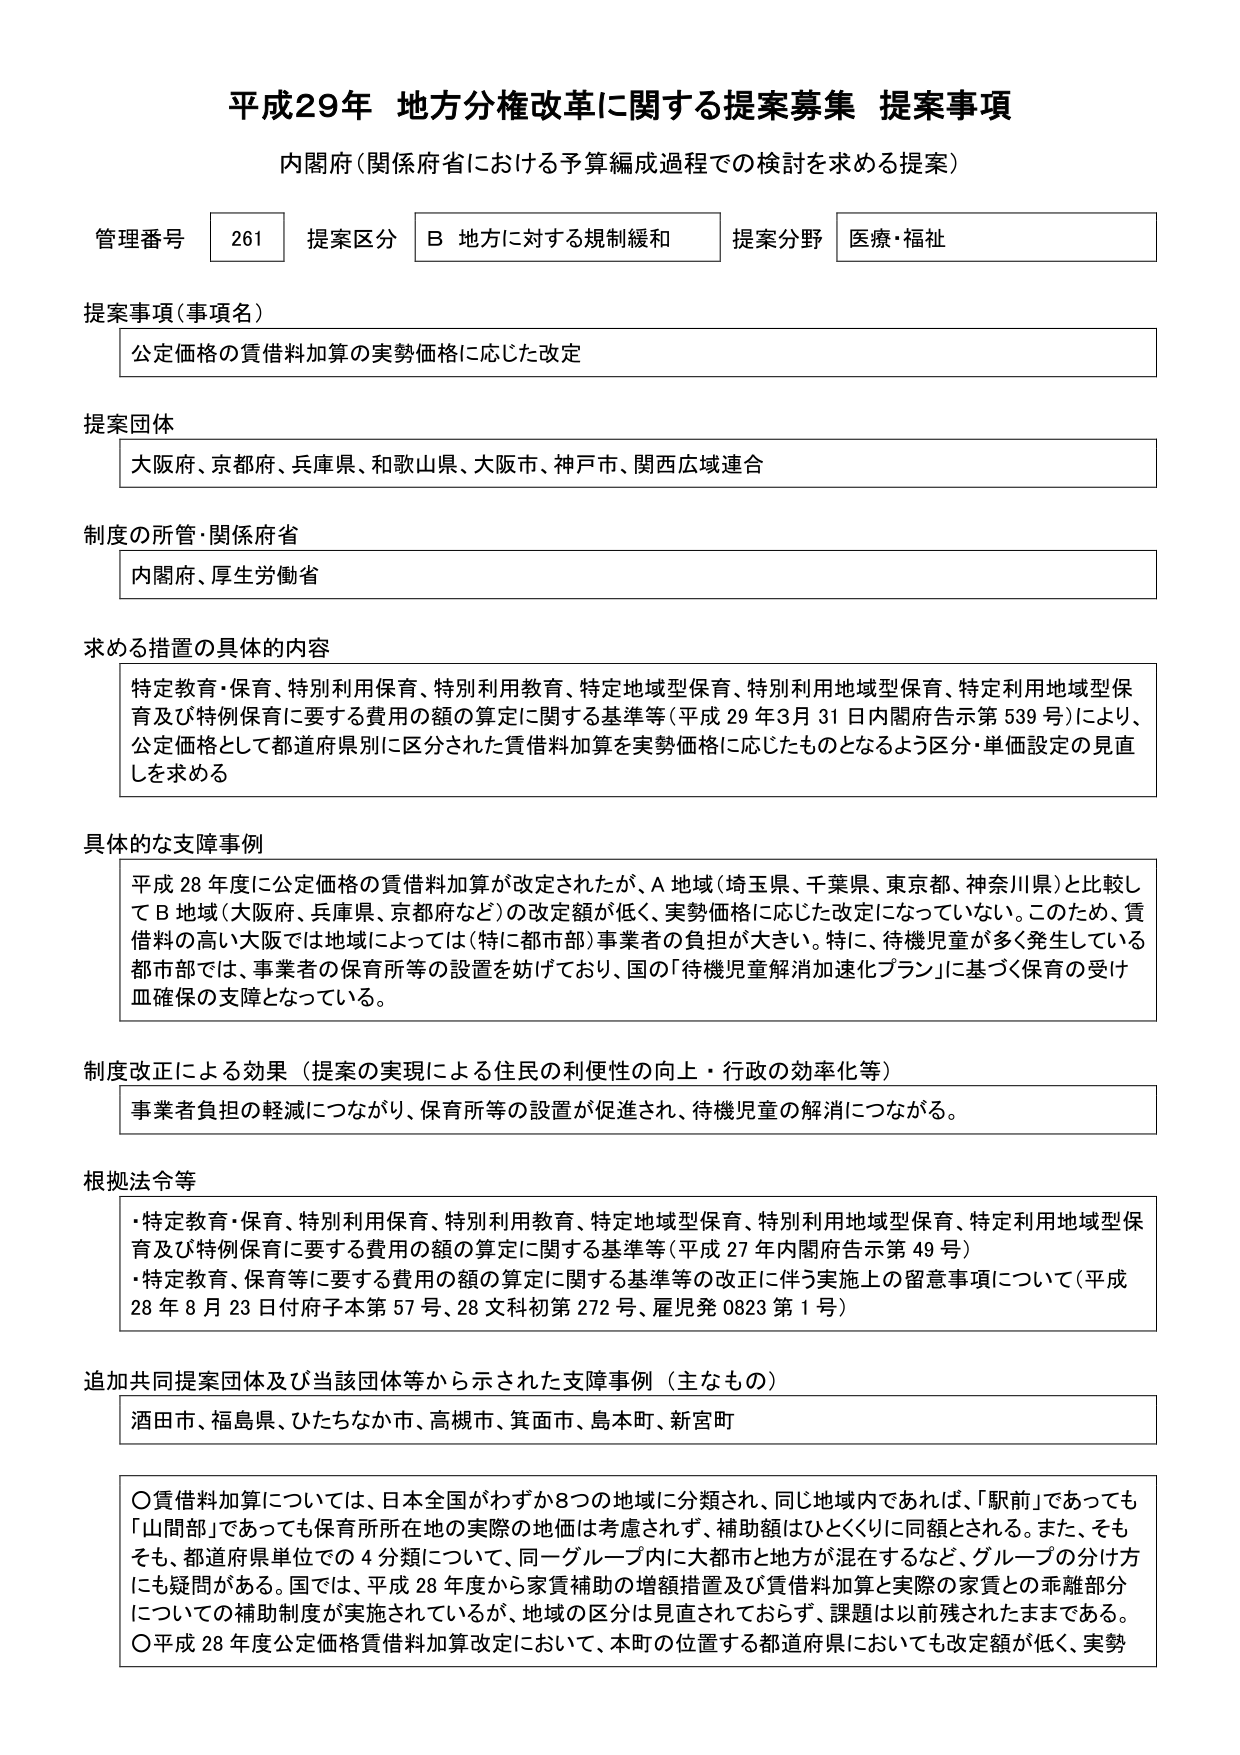
平成29年 地方分権改革に関する提案募集 提案事項
内閣府（関係府省における予算編成過程での検討を求める提案）

管理番号 261 提案区分 B 地方に対する規制緩和 提案分野 医療・福祉

提案事項（事項名）
公定価格の賃借料加算の実勢価格に応じた改定

提案団体
大阪府、京都府、兵庫県、和歌山県、大阪市、神戸市、関西広域連合

制度の所管・関係府省
内閣府、厚生労働省

求める措置の具体的内容
特定教育・保育、特別利用保育、特別利用教育、特定地域型保育、特別利用地域型保育、特定利用地域型保育及び特別保育に要する費用の額の算定に関する基準等（平成29年3月31日内閣府告示第539号）により、公定価格として都道府県別に区分された賃借料加算を実勢価格に応じたものとなるよう区分・単価設定の見直しを求める

具体的な支障事例
平成28年度に公定価格の賃借料加算が改定されたが、A地域（埼玉県、千葉県、東京都、神奈川県）と比較してB地域（大阪府、兵庫県、京都府など）の改定額が低く、実勢価格に応じた改定になっていない。このため、賃借料の高い大阪では地域によっては（特に都市部）事業者の負担が大きい。特に、待機児童が多く発生している都市部では、事業者の保育所等の設置を妨げており、国の「待機児童解消加速化プラン」に基づく保育の受け皿確保の支障となっている。

制度改正による効果（提案の実現による住民の利便性の向上・行政の効率化等）
事業者負担の軽減につながり、保育所等の設置が促進され、待機児童の解消につながる。

根拠法令等
・特定教育・保育、特別利用保育、特別利用教育、特定地域型保育、特別利用地域型保育、特定利用地域型保育及び特別保育に要する費用の額の算定に関する基準等（平成27年内閣府告示第49号）
・特定教育、保育等に要する費用の額の算定に関する基準等の改正に伴う実施上の留意事項について（平成28年8月23日付府子本第57号、28文科初第272号、雇児発0823第1号）

追加共同提案団体及び当該団体等から示された支障事例（主なもの）
酒田市、福島県、ひたちなか市、高槻市、箕面市、島本町、新宮町

〇賃借料加算については、日本全国がわずか8つの地域に分類され、同じ地域内であれば、「駅前」であっても「山間部」であっても保育所所在地の実際の地価は考慮されず、補助額はひとくくりに同額とされる。また、そもそも、都道府県単位での4分類について、同一グループ内に大都市と地方が混在するなど、グループの分け方にも疑問がある。国では、平成28年度から家賃補助の増額措置及び賃借料加算と実際の家賃との乖離部分についての補助制度が実施されているが、地域の区分は見直されておらず、課題は以前残されたままである。
〇平成28年度公定価格賃借料加算改定において、本町の位置する都道府県においても改定額が低く、実勢